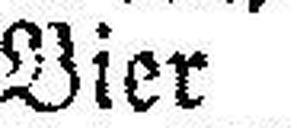
Bier